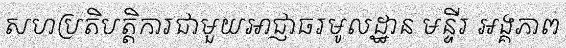
សហប្រតិបត្តិការជាមួយអាជ្ញាធរមូលដ្ឋាន មន្ទីរ អង្គភាព